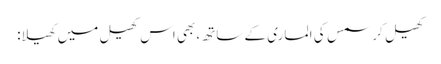
کھیل کرسمس کی الماری کے ساتھ، بھی اس کھیل میں کھیلا: